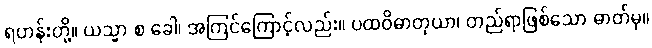
ရဟန်းတို့။ ယသ္မာ စ ခေါ၊ အကြင်ကြောင့်လည်း။ ပထဝိဓာတုယာ၊ တည်ရာဖြစ်သော ဓာတ်မှ။